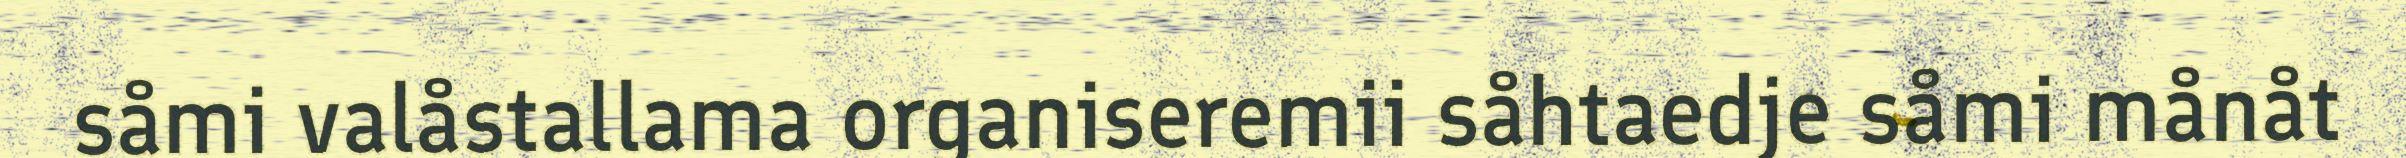
såmi valåstallama organiseremii såhtaedje såmi månåt